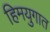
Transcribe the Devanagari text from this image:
हिमयुगात